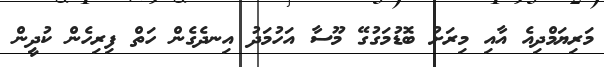
މަރިޔަމްދިއެ އާއި މިރަށު ބޮޑުމަގުގޭ މޫސާ އަހުމަދު އިނދެގެން ހަތް ފިރިހެން ކުދީން